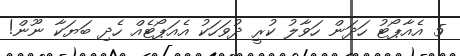
5 އެއާޕޯޓު ހަދަން ހަވާލު ކުރީ ދުވަހަކު އެއަޕޯޓެއް ހެދި ބަޔަކާ ނޫން!